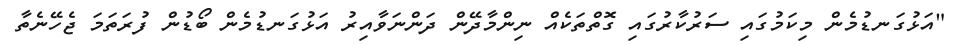
"އަޅުގަނޑުމެން މިކަމުގައި ސަރުކާރުގައި ގޮތްތަކެއް ނިންމާދޭން ދަންނަވާއިރު އަޅުގަނޑުމެން ބޯޑުން ފުރަތަމަ ޖެހޭނެތާ